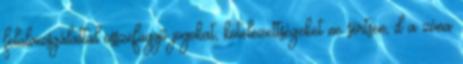
felülvizsgálattal összefüggõ jogokat, kötelezettségeket ne sértsen, d a zóna